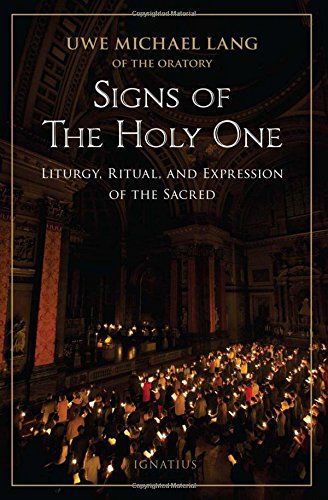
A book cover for Signs of the Holy One: Liturgy, Ritual, and Expression of the Sacred; Uwe Michael Lang; Christian Books & Bibles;